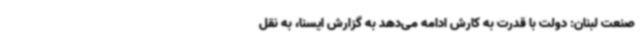
صنعت لبنان: دولت با قدرت به کارش ادامه می‌دهد به گزارش ایسنا، به نقل